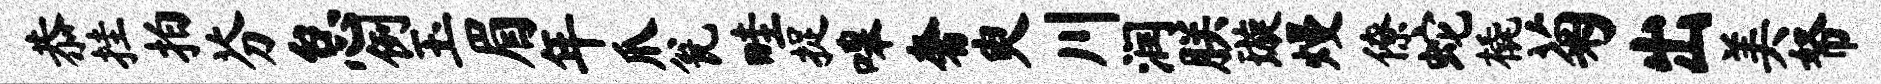
恭挂拍芬怠例玉眉年爪瓮畦捉嗥奢臾川润朕璇熳僚蛇橇菊出美帑